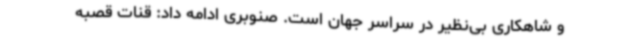
و شاهکاری بی‌نظیر در سراسر جهان است. صنوبری ادامه داد: قنات قصبه